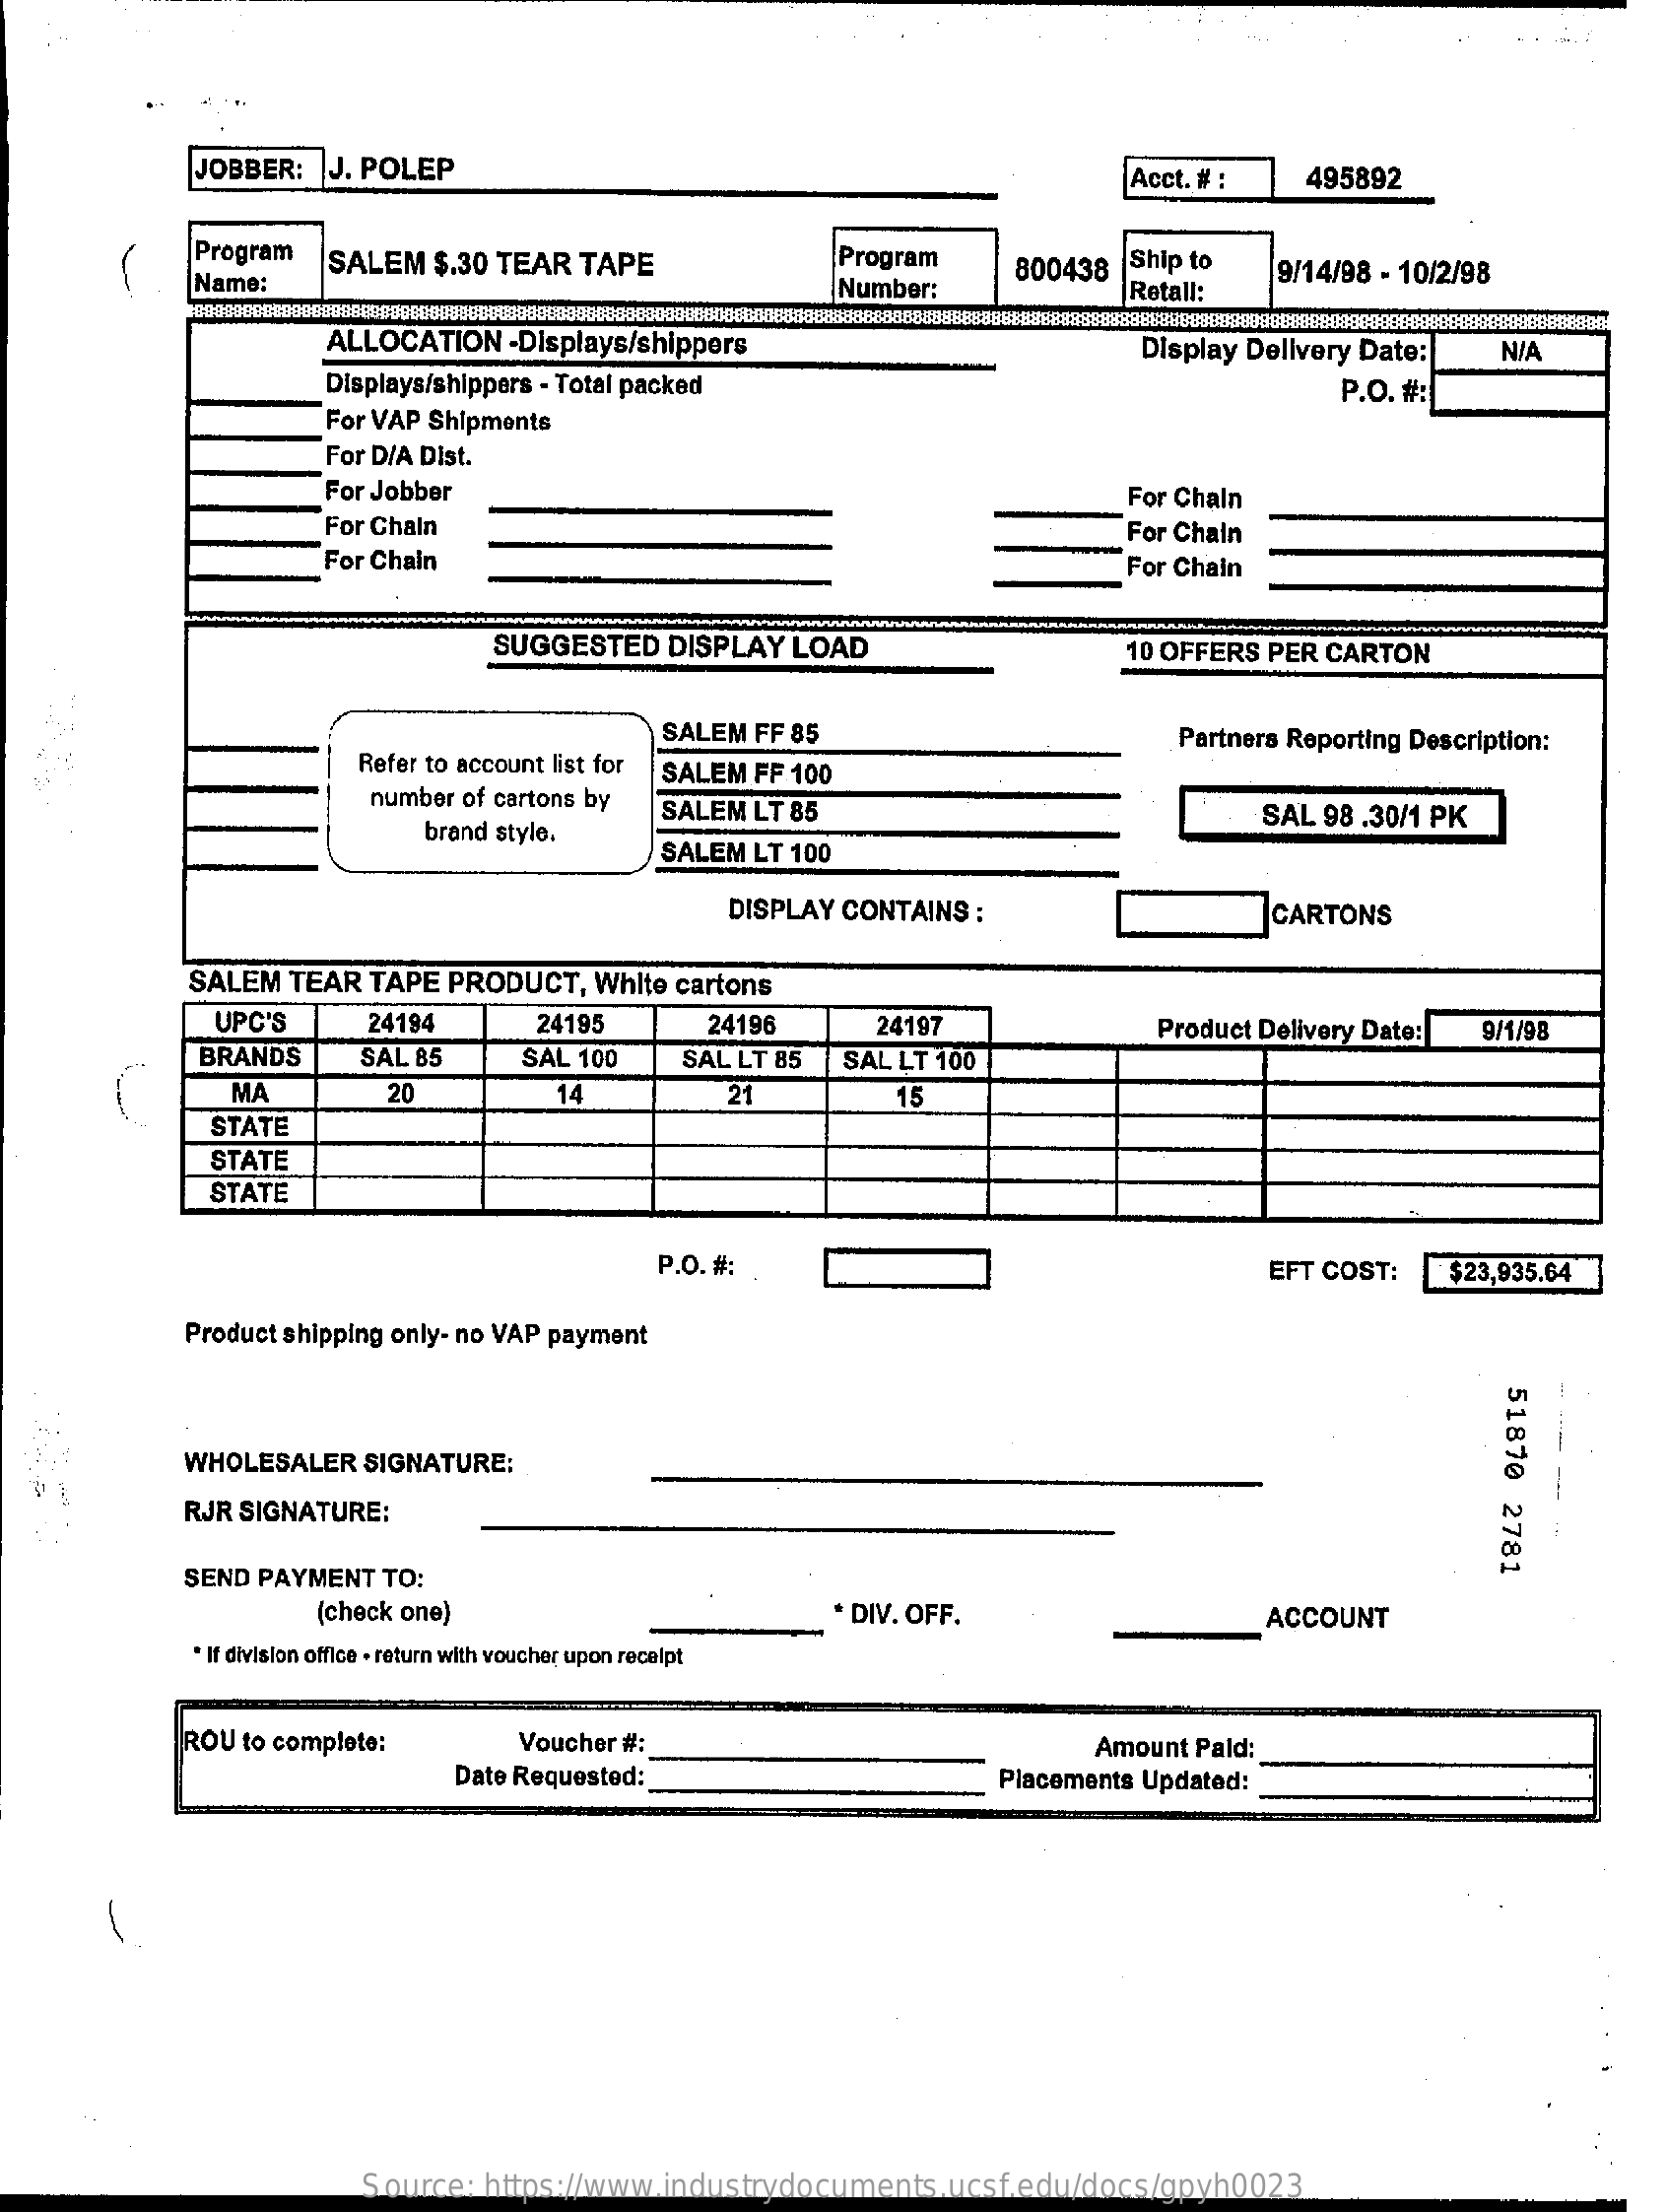
JOBBER: J. POLEP    Acct. # :  495892
     Program SALEM $.30 TEAR TAPE    Program    800438  Ship to
     Name:    Number:    Retall:
     9/14/98 - 10/2/98
     ALLOCATION -Displays/shippers    Display Delivery Date: N/A
     Displays/shippers - Total packed    P.O. #:
     For VAP Shipments
     For D/A Dist.
     For Jobber    For Chain
     For Chaln    For Chain
     For Chain    For Chain
     SUGGESTED  DISPLAY LOAD    10 OFFERS PER CARTON
     SALEM FF 85    Partners Reporting Description:
     Refer to account list for SALEM FF 100
     number of cartons by
     brand style.
     SALEM LT 85    SAL 98 .30/1 PK
     SALEM LT 100
     DISPLAY CONTAINS :    CARTONS
     SALEM TEAR TAPE PRODUCT, White cartons
     UPC'S    24194    24195    24196    24197    Product Delivery Date: 9/1/98
     BRANDS    SAL 85    SAL 100   SAL LT 85 SAL LT 100
     MA    20    14    21    15
     STATE
     STATE
     STATE
     P.O.#:    EFT COST:  $23,935.64
     Product shipping only- no VAP payment
     51870
     2781
     WHOLESALER SIGNATURE:
     RJR SIGNATURE:
     SEND PAYMENT TO:
     (check one)    * DIV. OFF.    ACCOUNT
     * If division office . return with voucher upon receipt
     ROU to complete:    Voucher #:    Amount Pald:
     Date Requested:    Placements Updated:
     Source: https://www.industrydocuments.ucsf.edu/docs/gpyh0023